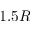
1 . 5 R